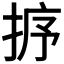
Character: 𢭸